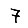
Digit: 7